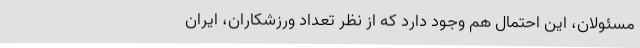
مسئولان، این احتمال هم وجود دارد که از نظر تعداد ورزشکاران، ایران